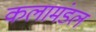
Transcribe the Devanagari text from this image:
कलामंडल